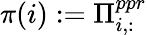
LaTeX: \pi(i):=\Pi_{i,:}^{ppr}